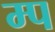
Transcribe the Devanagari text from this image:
म्प